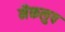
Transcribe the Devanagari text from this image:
मैकलुप